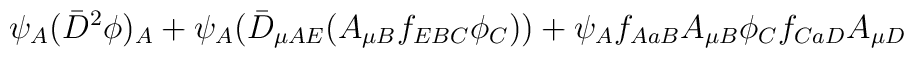
\psi_A(\bar{D}^2\phi)_A+\psi_A(\bar{D}_{\mu AE}(A_{\mu B}f_{EBC}\phi_C))+\psi_Af_{AaB}A_{\mu B}\phi_Cf_{CaD}A_{\mu D}